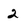
Character: 2